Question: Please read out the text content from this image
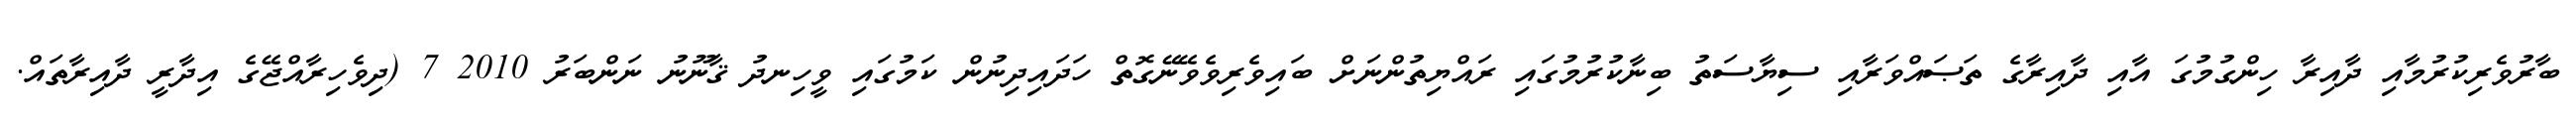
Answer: ބާރުވެރިކުރުމާއި ދާއިރާ ހިންގުމުގަ އާއި ދާއިރާގެ ތަޞައްވަރާއި ސިޔާސަތު ބިނާކުރުމުގައި ރައްޔިތުންނަށް ބައިވެރިވެވޭނޭގޮތް ހަދައިދިނުން ކަމުގައި ވީހިނދު ޤާނޫނު ނަންބަރު 2010 7 (ދިވެހިރާއްޖޭގެ އިދާރީ ދާއިރާތައް.